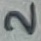
Text: 2